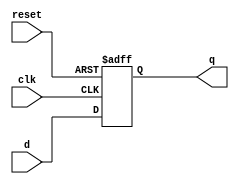
`timescale 1ns / 1ps
//////////////////////////////////////////////////////////////////////////////////
// Company: 
// Engineer: 
// 
// Design Name: 
// Module Name:    DFF 
// Project Name: 
// Target Devices: 
// Tool versions: 
// Description: 
//
// Dependencies: 
//
// Revision: 
// Revision 0.01 - File Created
// Additional Comments: 
//
//////////////////////////////////////////////////////////////////////////////////

module DFF(q,d,clk,reset);
output q;
input d, clk,reset;
reg q; 

always@(posedge reset or negedge clk)
begin
	if(reset)
		q<=1'b0;
	else
  		q<=d;
end
endmodule